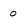
Character: 0